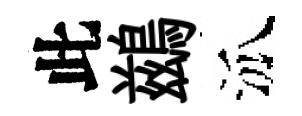
此鷀泒